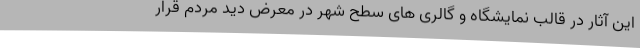
این آثار در قالب نمایشگاه و گالری های سطح شهر در معرض دید مردم قرار